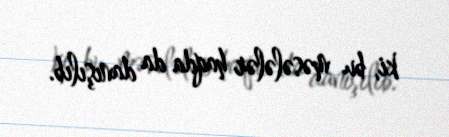
ki, bu məsələlər haqda da danışılıb.